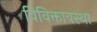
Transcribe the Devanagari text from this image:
विविक्तावस्था